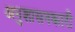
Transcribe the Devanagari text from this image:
अनुशासनकारी